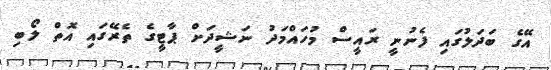
އޭގެ ބަދަލުގައި ފެނުނީ ރައީސް މުހައްމަދު ނަޝީދަށް ޕާޓީގެ ތެރޭގައި އޮތް ލޯބި